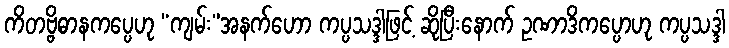
ကိတဗ္ဗိဓာနကပ္ပေဟု “ကျမ်း”အနက်ဟော ကပ္ပသဒ္ဒါဖြင့် ဆိုပြီးနောက် ဥဏာဒိကပ္ပောဟု ကပ္ပသဒ္ဒါ